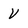
Character: V